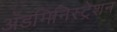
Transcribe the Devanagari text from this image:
अॅडमिनिस्ट्रेशन